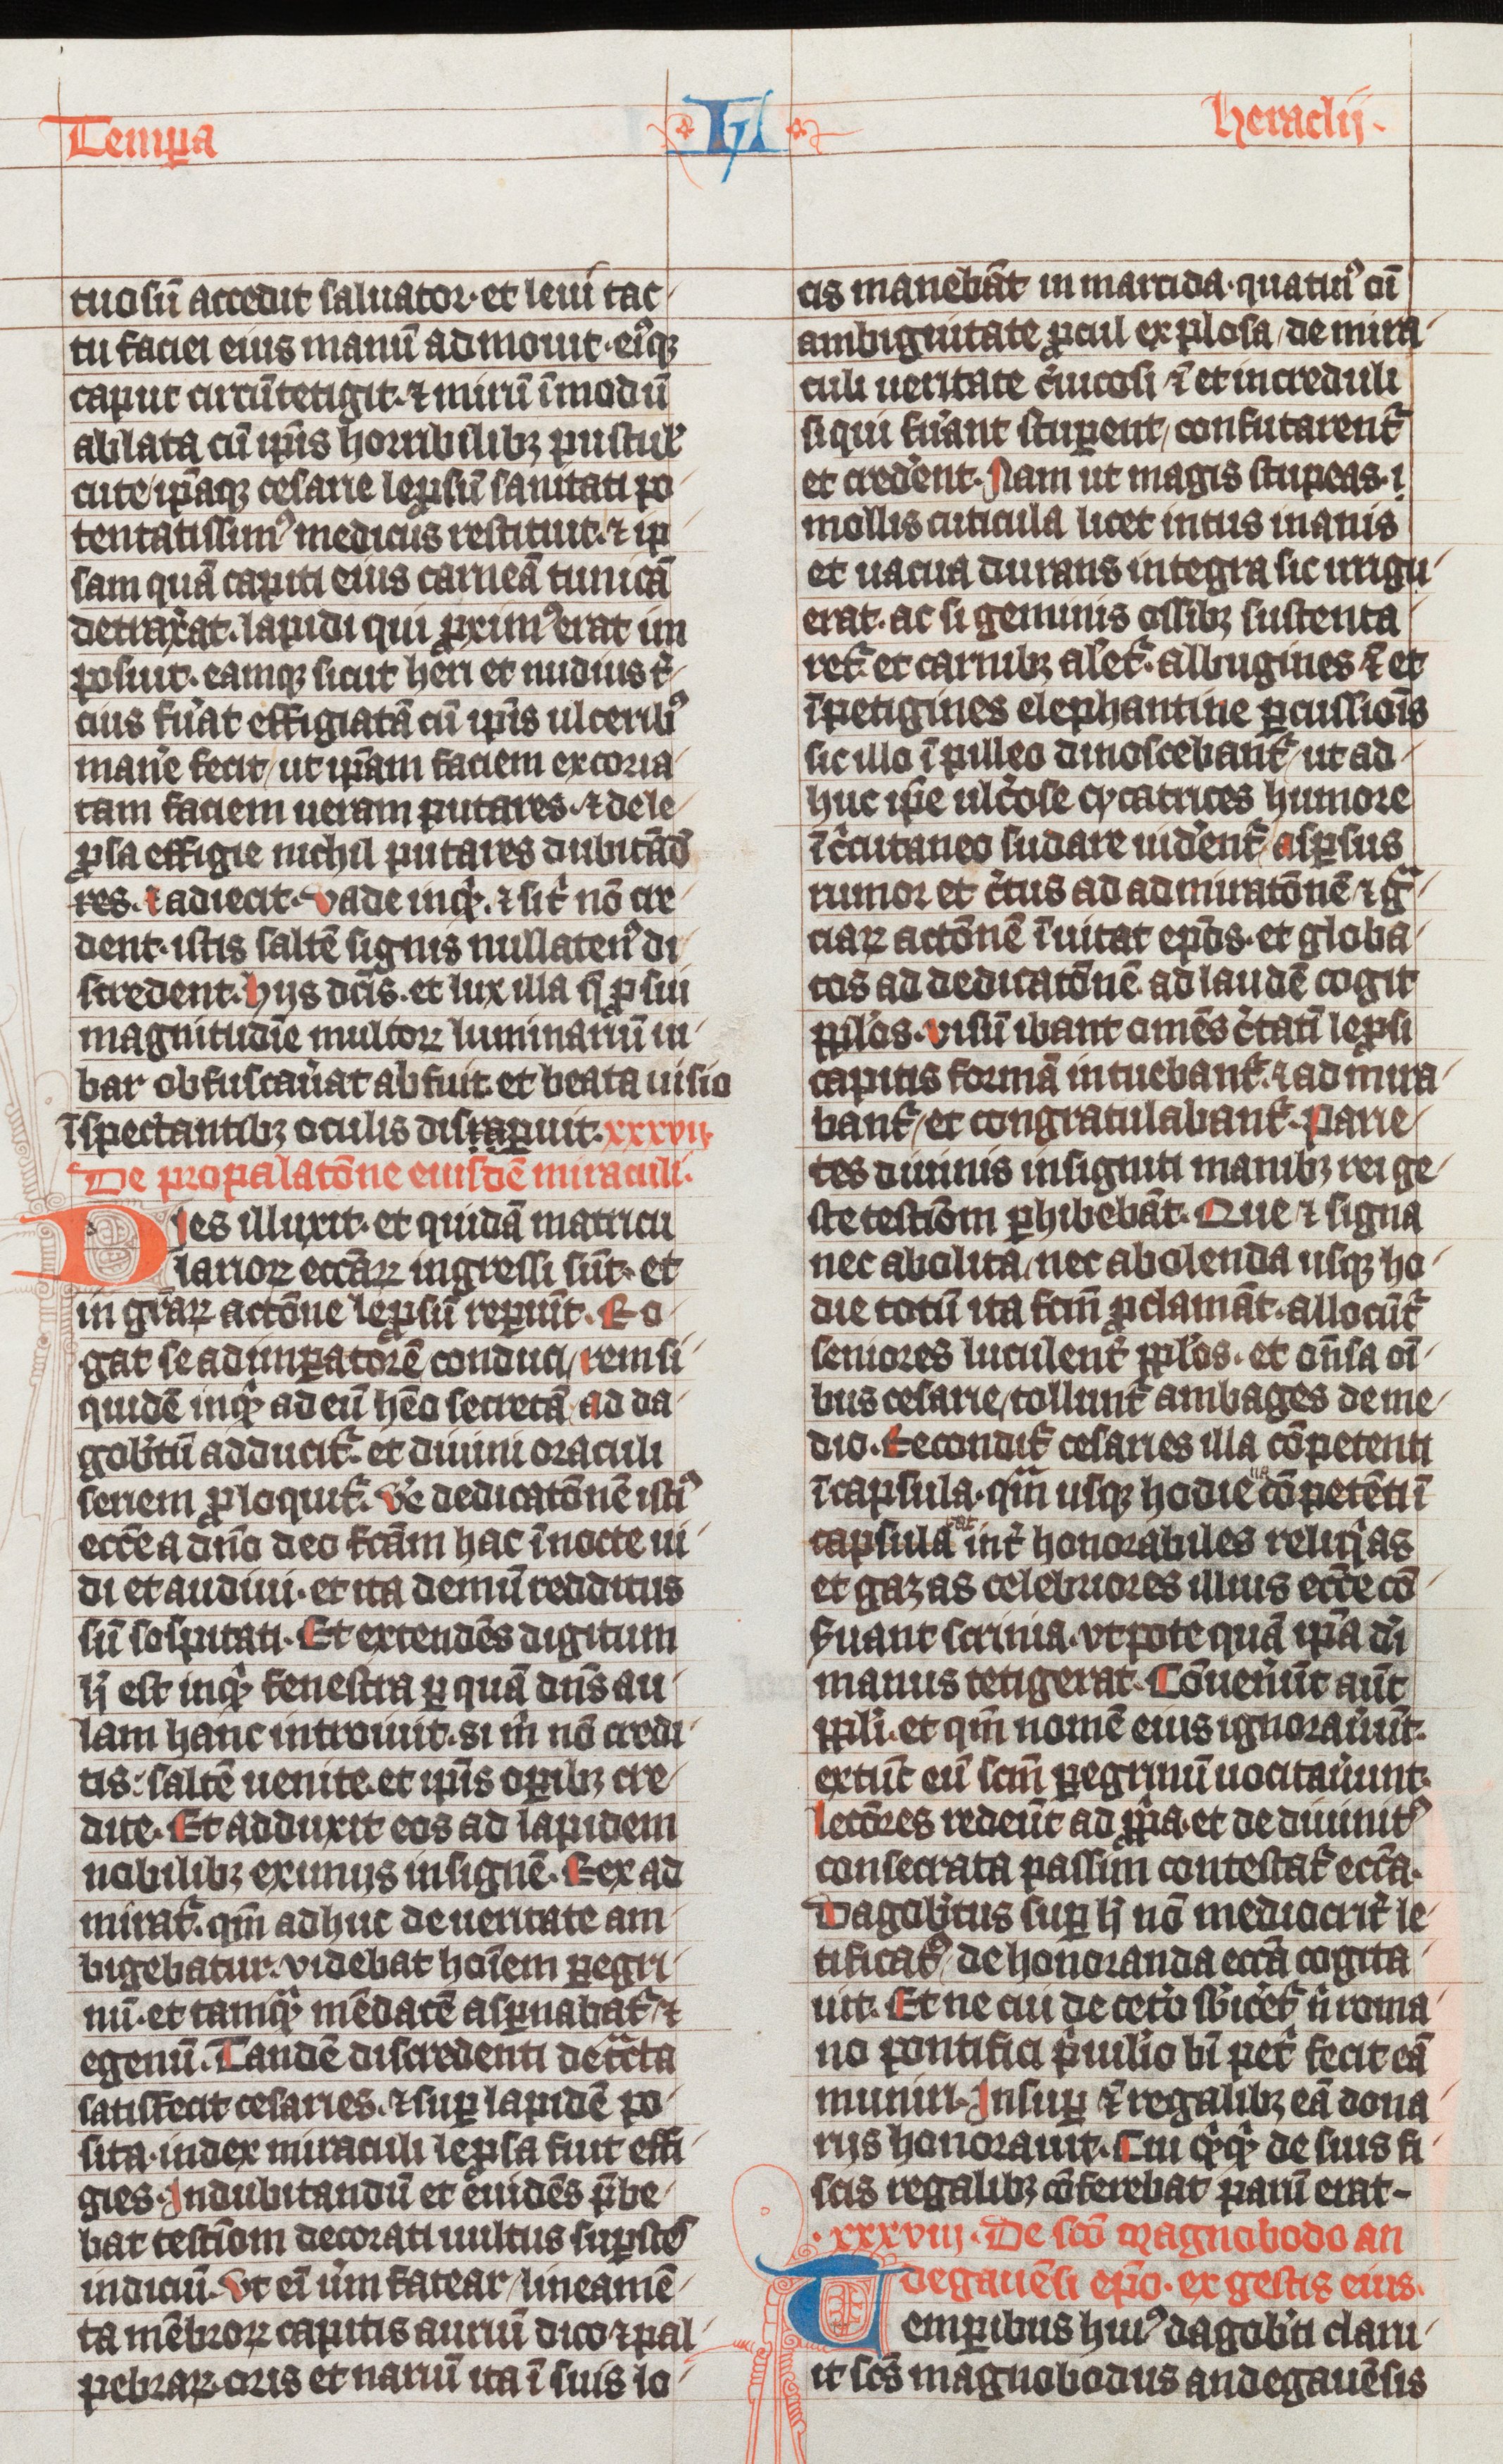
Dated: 1338–1340